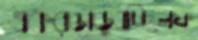
একরঙাডুবচ্ছিলফ